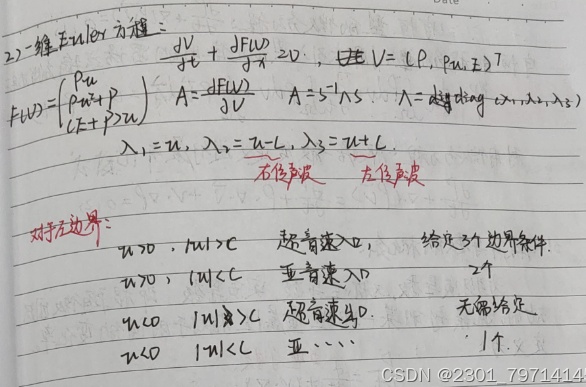
2) 二维 Euler 方程：
\[
\frac{\mathrm{d}V}{\mathrm{d}t}+\frac{\partial F(W)}{\partial x}=0，\text{ 其中 }V = [\rho,\rho u,E]^T
\]
\[
F(W)=\begin{pmatrix}
\rho u\\
\rho u^{2}+p\\
(E + p)u
\end{pmatrix}，A = \frac{\partial F(W)}{\partial V}，A = S^{-1}\Lambda S，\Lambda=\text{diag}(\lambda_1,\lambda_2,\lambda_3)
\]
\[
\lambda_1 = u，\lambda_2 = u - c，\lambda_3 = u + c
\]

对于左边界：
 - \(u>0\)，\(u + c>0\) 超音速流入，给定 3 个边界条件.
 - \(u>0\)，\(\vert u\vert < c\) 亚音速流入，2 个.
 - \(u<0\)，\(\vert u\vert > c\) 超音速出，无需给定.
 - \(u<0\)，\(\vert u\vert < c\) 亚……，1 个.